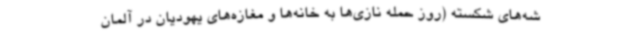
شه‌های شکسته (روز حمله نازی‌ها به خانه‌ها و مغازه‌های یهودیان در آلمان